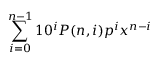
\sum _ { i = 0 } ^ { n - 1 } 1 0 ^ { i } P ( n , i ) p ^ { i } x ^ { n - i }